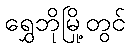
ရွှေဘိုမြို့တွင်